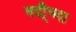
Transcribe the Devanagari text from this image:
नदी्च्या